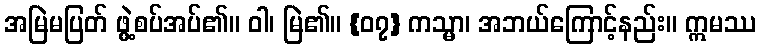
အမြဲမပြတ် ဖွဲ့စပ်အပ်၏။ ဝါ၊ မြဲ၏။ {၀၇} ကသ္မာ၊ အဘယ်ကြောင့်နည်း။ ဣမဿ